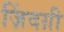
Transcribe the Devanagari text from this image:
ज़िंदग़ी